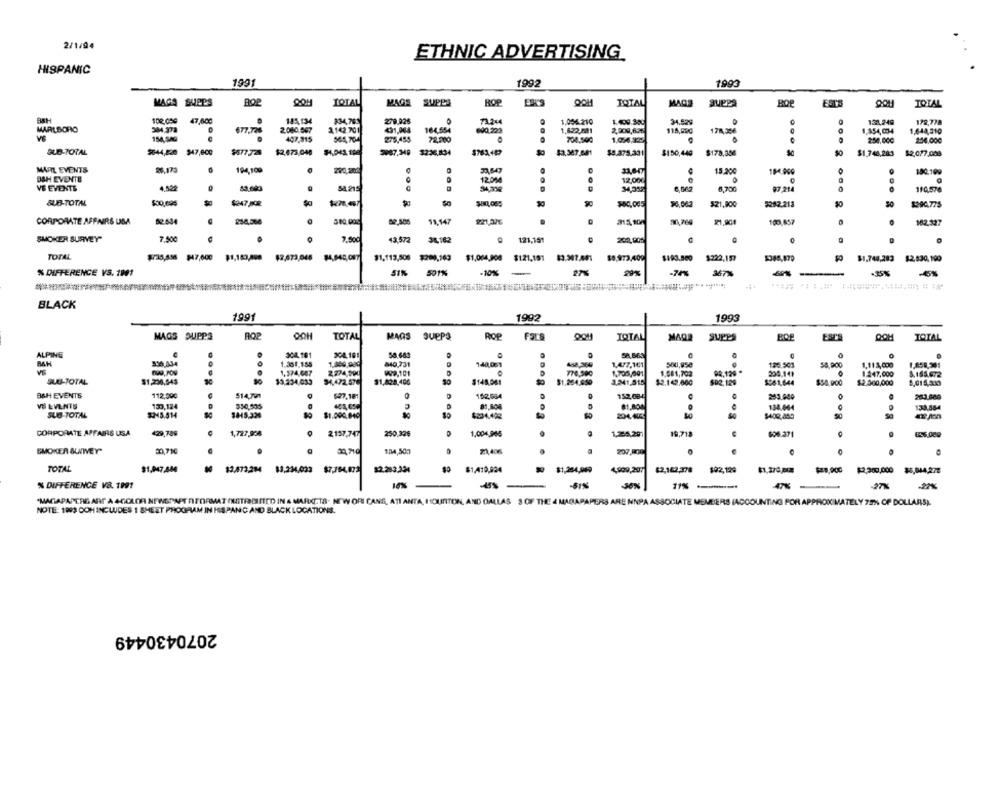
2/1/94
ETHNIC ADVERTISING
HISPANIC
1991
1992
1993
MAGA SHEPS
TOTAL
MAGS SUPPE
ROP
OOH
TOTAL
MAGS
suPes
BOP
TOTAL
BSH
102,050
47.600
14:4134
834,70
279.926
73.244
1.056.210
133,249
.
1.409.300
172,778
MARLBORO
2.080.567
1.142.701
431,064
164,554
690.223
1,622,581
2,000,621
118,590
178,356
1,154,034
1,644,310
154,540
407,915
564,704
275,455
72,200
704,500
250.000
SUB-TOTAL
$244,820 947,800
$477728
$2,673,040
9087.349
32:36,834
$178,356
$2,387.881
$8.375.331
$150,449
$1.748,283
$2,077,008
MAIL EVENTS
26.175
194,109
220,202
15,200
BAH EVENTE
12.01
12,000
VE EVENTS
4,52%
6, BAD
97.214
0
110.576
SUB-TOTAL
$00,695
$247.502
$80,005
$21,800
5252.213
50
1290.775
CORPORATE AFFAIRS USA
82.634
300.000
11,147
30,769
21,901
100,857
182,327
SMOKER SURVEY"
7.500
43.572
7.500
38.182
121,151
202,900
0
TOTAL
$1.113,505 3200,163
$1,004 900 $121.191 $3,307.441
$8,973,409
$193.000 $222,197
$1,744,283
$2,530,190
% DIFFERENCE VS. 1991
501%
-10%
-
27%
29%
-74%
367
-
.35%
BLACK
1991
1992
1993
MAGS SUPPS
ROP
OOH
TOTAL
MAGS SUEPS
ROP
Fars
IQTAL
MAGA
SUPPS
ESC'S
TOTAL
ALPINE
304.191
58.683
SA.663
0
1.351.155
840.731
140,061
1,4/7,161
580,958
125.503
58,900
1,11:3,000
1,858,301
1.374,607
2234.990
999,101
778,300
1,705,001
1.081,702
204.149
1.247,000
8.155.672
SUB-TOTAL
$1,230,545
$3,234,033
94.472.576
$1,828.406
$148.061
$1.264.650
3.341,515
$2.142.000
$02.129
$061.644
$54,900
$2.300,000
8,015,200
BSH EVENTS
112,990
$14,791
6-27,181
152,504
152,084
VS LVLNIS
130,124
330,535
81.804
134,664
133,864
SUB -TOTAL
SM5.514
$1.000.040
90
CORPORATE AFFAIRS USA
429,789
1,727,908
2137,747
250,326
1,004,945
19,718
606.271
SMOKER BUNNEY"
2,710
134,50m
21,406
207.800
TOTAL
81,410,024
$1,047,44
52.283.224
99 $1,264,069
4,999,207
$2,162,378 $02,129
$=8,900
$2:300,000 $5,044,278
% DIFFERENCE V8. 1991
-45%
-51%
36%
--
47%
-27%
"MAGAPAPERE ART A 4-COLOR NEWSPAPT RFORMAT (STRMITTED IN & MARKT.TA. NEW OFI CANS, ATI ANTA, IOURITON, AND DALLAS 3 OF THE 4 MAGAPAPERS ARE NNPA ASSOCIATE MEMBERS (ACCOUNTING FOR APPROXIMATELY 7EN OP DOLLARS).
NOTE: 1999 OOH INCLUDES 1 SHEET PROGRAM IN HISPANIC AND BLACK LOCATIONS.
2070430449